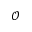
\mathcal { O }